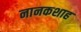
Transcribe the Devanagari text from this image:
नानकशाह